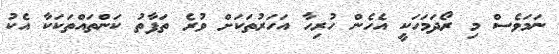
ނަމަވެސް މި ރޯދަމަހަކީ އެހެން ހުރިހާ އަހަރުތަކަށް ވުރެ ތަފާތު ކަންތައްތަކަކާ އެކު